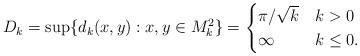
LaTeX: \begin{align*}D_k = \sup \{ d_k(x,y) : x,y \in M^2_k\} = \begin{cases} \pi/\sqrt{k} & k > 0 \\ \infty & k\leq 0 .\end{cases}\end{align*}